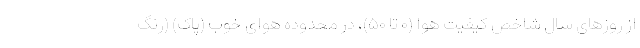
از روزهای سال شاخص کیفیت هوا (۰ تا ۵۰)، در محدوده هوای خوب (پاک) (رنگ